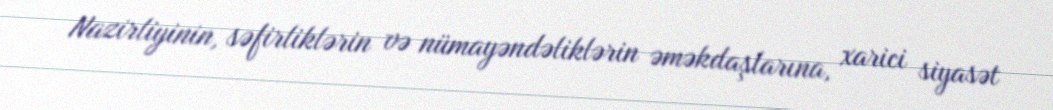
Nazirliyinin, səfirliklərin və nümayəndəliklərin əməkdaşlarına, xarici siyasət